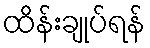
ထိန်းချုပ်ရန်